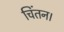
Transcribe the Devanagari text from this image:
चिंतन।